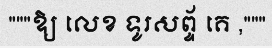
"""ឱ្យ លេខ ទូរសព្ទ័ គេ ,"""